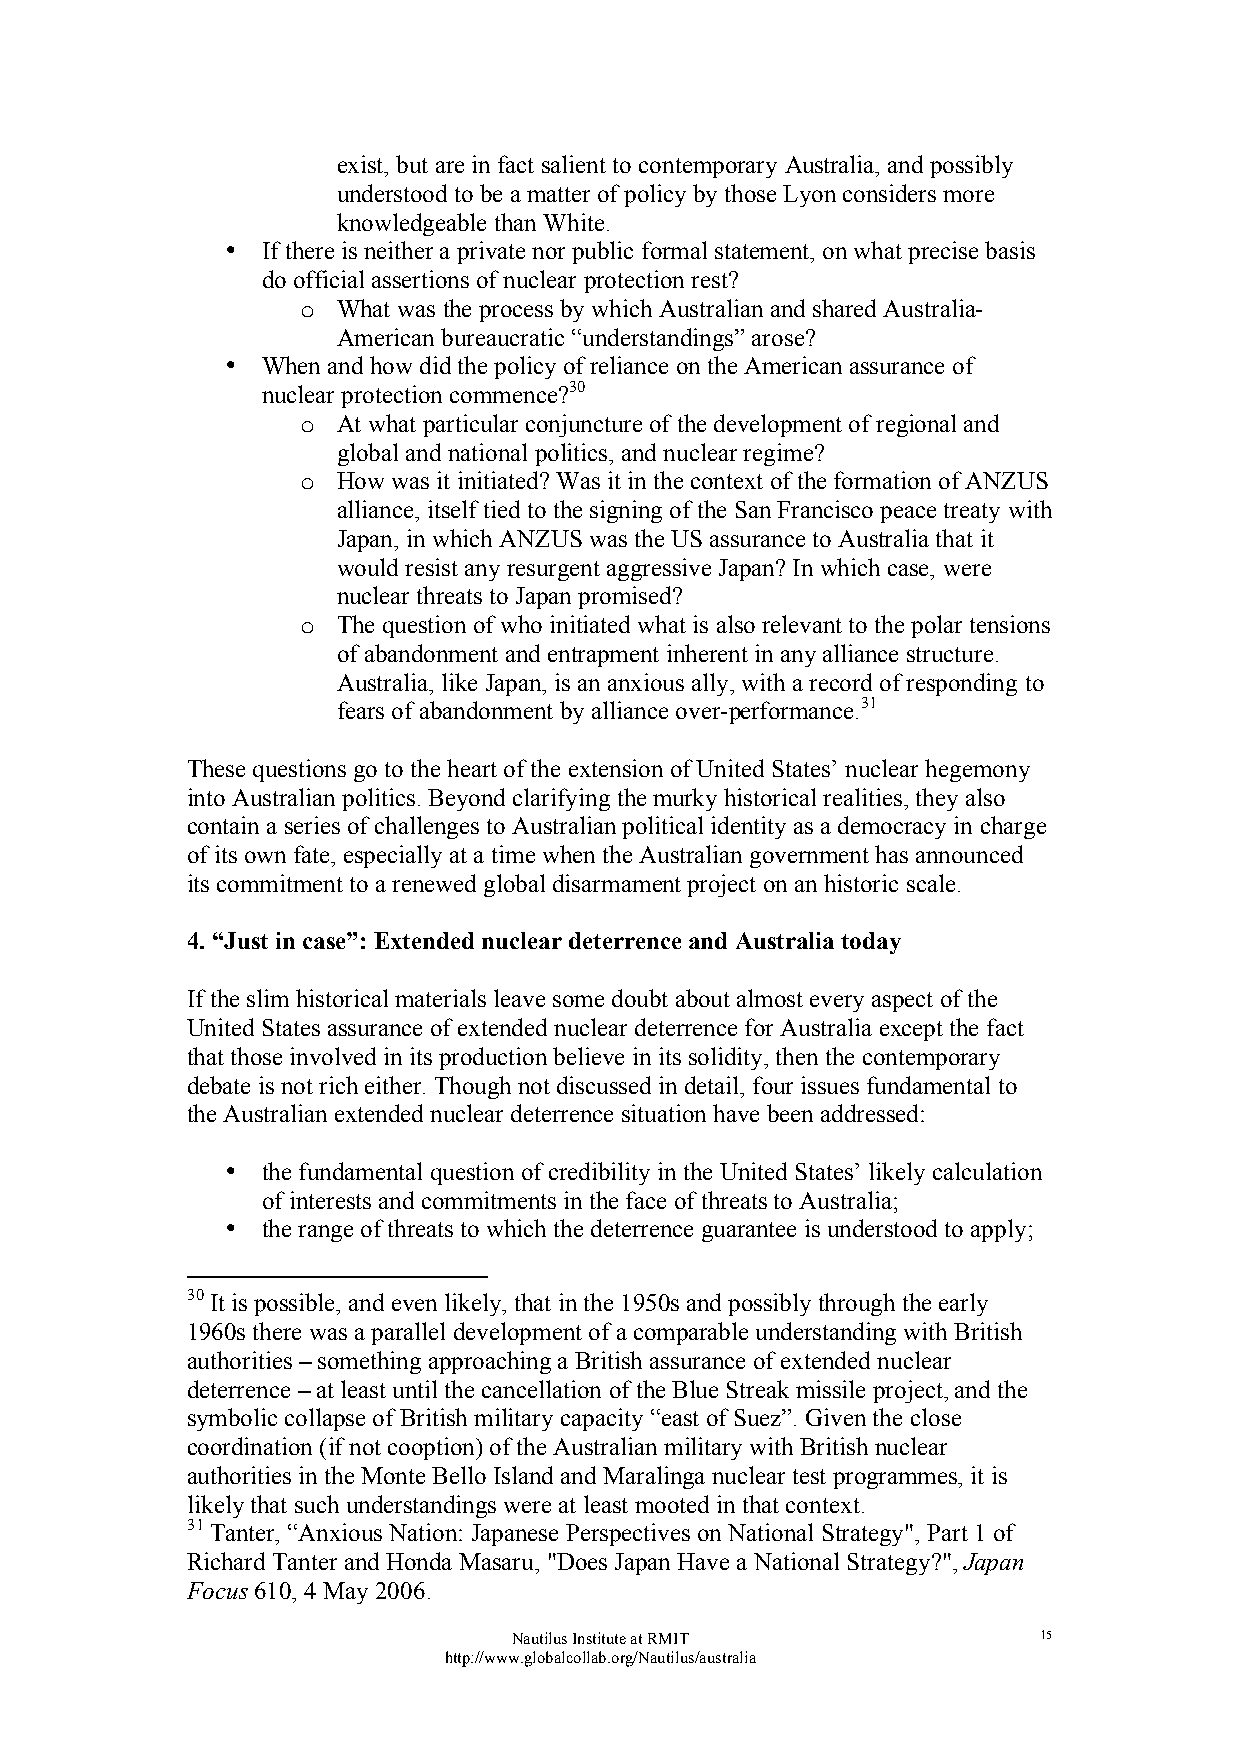
exist, but are in fact salient to contemporary Australia, and possibly
 understood to be a matter of policy by those Lyon considers more
 knowledgeable than White.
 • If there is neither a private nor public formal statement, on what precise basis
 do official assertions of nuclear protection rest?
 o What was the process by which Australian and shared Australia-
 American bureaucratic “understandings” arose?
 • When and how did the policy of reliance on the American assurance of
 nuclear protection commence?30
 o At what particular conjuncture of the development of regional and
 global and national politics, and nuclear regime?
 o How was it initiated? Was it in the context of the formation of ANZUS
 alliance, itself tied to the signing of the San Francisco peace treaty with
 Japan, in which ANZUS was the US assurance to Australia that it
 would resist any resurgent aggressive Japan? In which case, were
 nuclear threats to Japan promised?
 o The question of who initiated what is also relevant to the polar tensions
 of abandonment and entrapment inherent in any alliance structure.
 Australia, like Japan, is an anxious ally, with a record of responding to
 fears of abandonment by alliance over-performance.31
 These questions go to the heart of the extension of United States’ nuclear hegemony
 into Australian politics. Beyond clarifying the murky historical realities, they also
 contain a series of challenges to Australian political identity as a democracy in charge
 of its own fate, especially at a time when the Australian government has announced
 its commitment to a renewed global disarmament project on an historic scale.
 4. “Just in case”: Extended nuclear deterrence and Australia today
 If the slim historical materials leave some doubt about almost every aspect of the
 United States assurance of extended nuclear deterrence for Australia except the fact
 that those involved in its production believe in its solidity, then the contemporary
 debate is not rich either. Though not discussed in detail, four issues fundamental to
 the Australian extended nuclear deterrence situation have been addressed:
 • the fundamental question of credibility in the United States’ likely calculation
 of interests and commitments in the face of threats to Australia;
 • the range of threats to which the deterrence guarantee is understood to apply;
 30 It is possible, and even likely, that in the 1950s and possibly through the early
 1960s there was a parallel development of a comparable understanding with British
 authorities – something approaching a British assurance of extended nuclear
 deterrence – at least until the cancellation of the Blue Streak missile project, and the
 symbolic collapse of British military capacity “east of Suez”. Given the close
 coordination (if not cooption) of the Australian military with British nuclear
 authorities in the Monte Bello Island and Maralinga nuclear test programmes, it is
 likely that such understandings were at least mooted in that context.
 31 Tanter, “Anxious Nation: Japanese Perspectives on National Strategy", Part 1 of
 Richard Tanter and Honda Masaru, "Does Japan Have a National Strategy?", Japan
 Focus 610, 4 May 2006.
 Nautilus Institute at RMIT         15
 http://www.globalcollab.org/Nautilus/australia